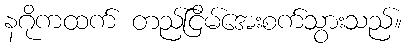
နဂိုကထက် တည်ငြိမ်အေးစက်သွားသည်။